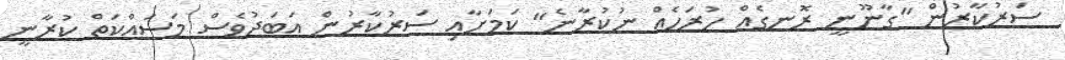
ސަރުކާރުން "ގާނޫނީ ރޮނގެއް ހުރަހެއް ނުކުރާނެ" ކަމަށާއި ސަރުކާރުން އަބަދުވެސް މަސައްކަތް ކުރާނީ